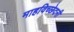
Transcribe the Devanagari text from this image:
माहविच्छेदनी